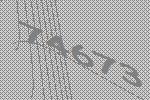
74673